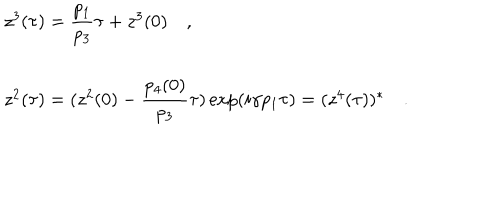
LaTeX: \begin{array} { l } { { z ^ { 3 } ( \tau ) = { \displaystyle \frac { p _ { 1 } } { p _ { 3 } } } \tau + z ^ { 3 } ( 0 ) \quad , } } \\ { { \, } } \\ { { z ^ { 2 } ( \tau ) = ( z ^ { 2 } ( 0 ) - { \displaystyle \frac { p _ { 4 } ( 0 ) } { p _ { 3 } } } \tau ) \exp ( i \gamma p _ { 1 } \tau ) = ( z ^ { 4 } ( \tau ) ) ^ { * } \quad . } } \\ \end{array}